Veterinary regulations India, 1939 -
Year: 1939
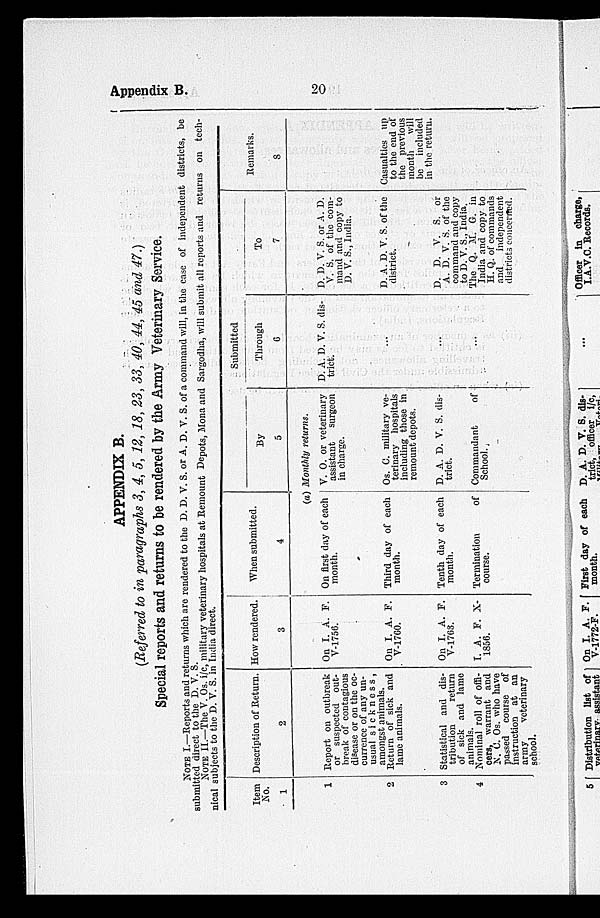
Appendix B.
20
APPENDIX B.
(Referred to in paragraphs 3, 4, 5, 12, 18, 23, 33, 40, 44, 45 and 47.)
Special reports and returns to be rendered by the Army Veterinary Service.
NOTE I.—Reports and returns which are rendered to the D. D. V. S. or A. D. V. S. of a command will, in the case of independent districts, be
submitted direct to the D. V. S.
NOTE II.—The V. Os. i/c, military veterinary hospitals at Remount Depots, Mona and Sargodha, will submit all reports and returns on tech-
nical subjects to the D. V. S. in India direct.
Item
NO.
1
1
2
3
4
Description of Return.
2
Report on outbreak
or suspected out-
break of contagious
disease or on the oc-
currence of any un-
usual sickness,
amongst animals.
Return of sick and
lame animals.
Statistical and dis-
tribution
return
of sick and lame
animals.
Nominal roll of offi-
cers, warrant and
N. C. Os. who have
passed course of
instruction at an
army
veterinary
school.
How rendered.
3
On I. A.F.
V-1756.
On I. A. F.
V-1760.
On I. A. F.
V-1763.
I. A. F. N.
1856.
When submitted.
4
Submitted
By
5
(a) Monthly returns.
On first day of each
month.
Third day of each
month.
Tenth day of each
month.
Termination of
course.
V. O. or veterinary
assistant
surgeon
in charge.
Os. C. military ve-
terinary hospitals
including those in
remount depots.
D. A. D. V. S. dis-
trict.
Commandant
of
School.
Through
6
D. A. D. V. S. dis-
trict.
To
7
D. D. V. S. or A. D.
V. S. of the com-
mand and copy to
D. V. S., India.
D. A. D. V. S. of the
district.
D. D. V. S. or
A. D. V. S. of the
command and copy
to D. V. S., India.
The Q. M. G. in
India and copy to
H. Q. of commands
and
independent
districts concerned.
Remarks.
8
Casualties up
to the end of
the previous
month
will
be included
in the return.